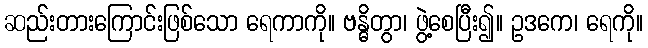
ဆည်းတားကြောင်းဖြစ်သော ရေကာကို။ ဗန္ဓိတွာ၊ ဖွဲ့စေပြီး၍။ ဥဒကေ၊ ရေကို။